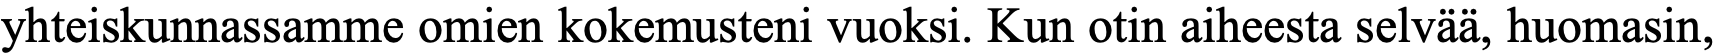
yhteiskunnassamme omien kokemusteni vuoksi. Kun otin aiheesta selvää, huomasin,